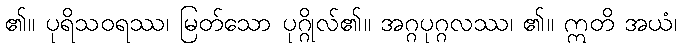
၏။ ပုရိသဝရဿ၊ မြတ်သော ပုဂ္ဂိုလ်၏။ အဂ္ဂပုဂ္ဂလဿ၊ ၏။ ဣတိ အယံ၊